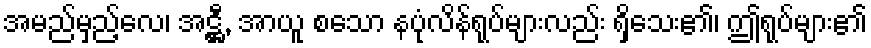
အမည်မှည့်လေ၊ အဋ္ဌီ, အာယူ စသော နပုံလိန်ရုပ်များလည်း ရှိသေး၏၊ ဤရုပ်များ၏